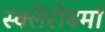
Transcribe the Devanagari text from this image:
स्क्‍लेरोडर्मा